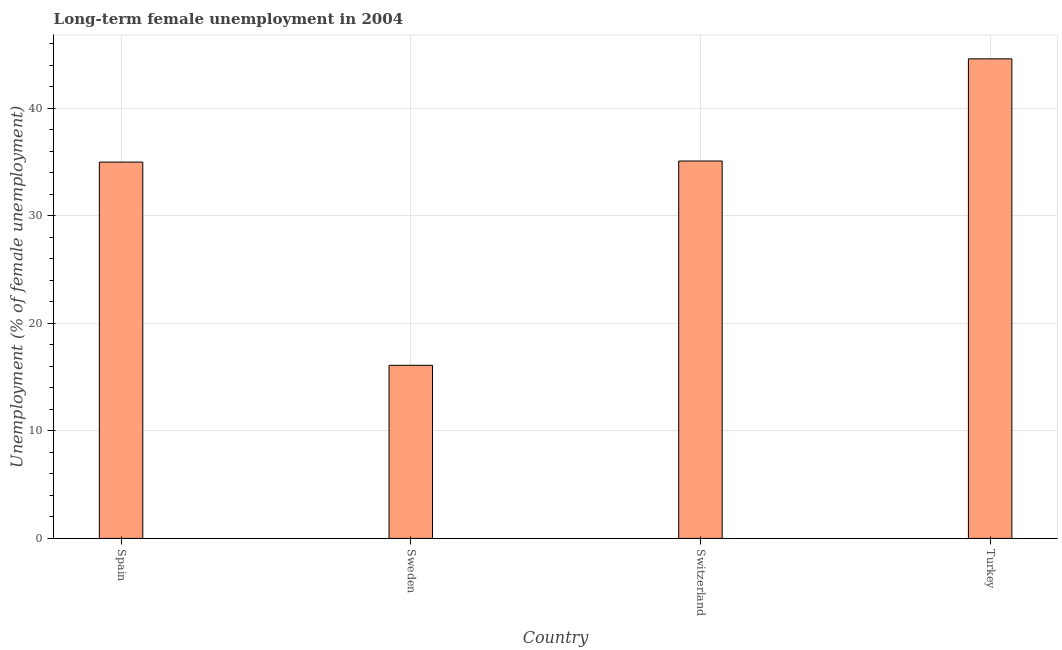
| Country | Long-term unemployment female |
 | --- | --- |
 | Spain | 35 |
 | Sweden | 16.1 |
 | Switzerland | 35.1 |
 | Turkey | 44.6 |